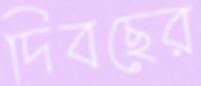
দিবছের